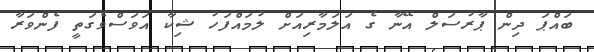
ބައްޕަ ދިން ޕާރުސަލް އޭނާ ގެ އަލަމާރިއަށް ލުމައްފަހު ޝިކާ އަވަސްވެގަތީ ފެންވަރާ